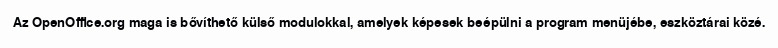
Az OpenOffice.org maga is bővíthető külső modulokkal, amelyek képesek beépülni a program menüjébe, eszköztárai közé.